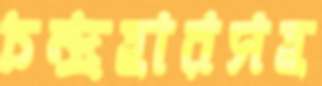
চন্দ্রহারসহ